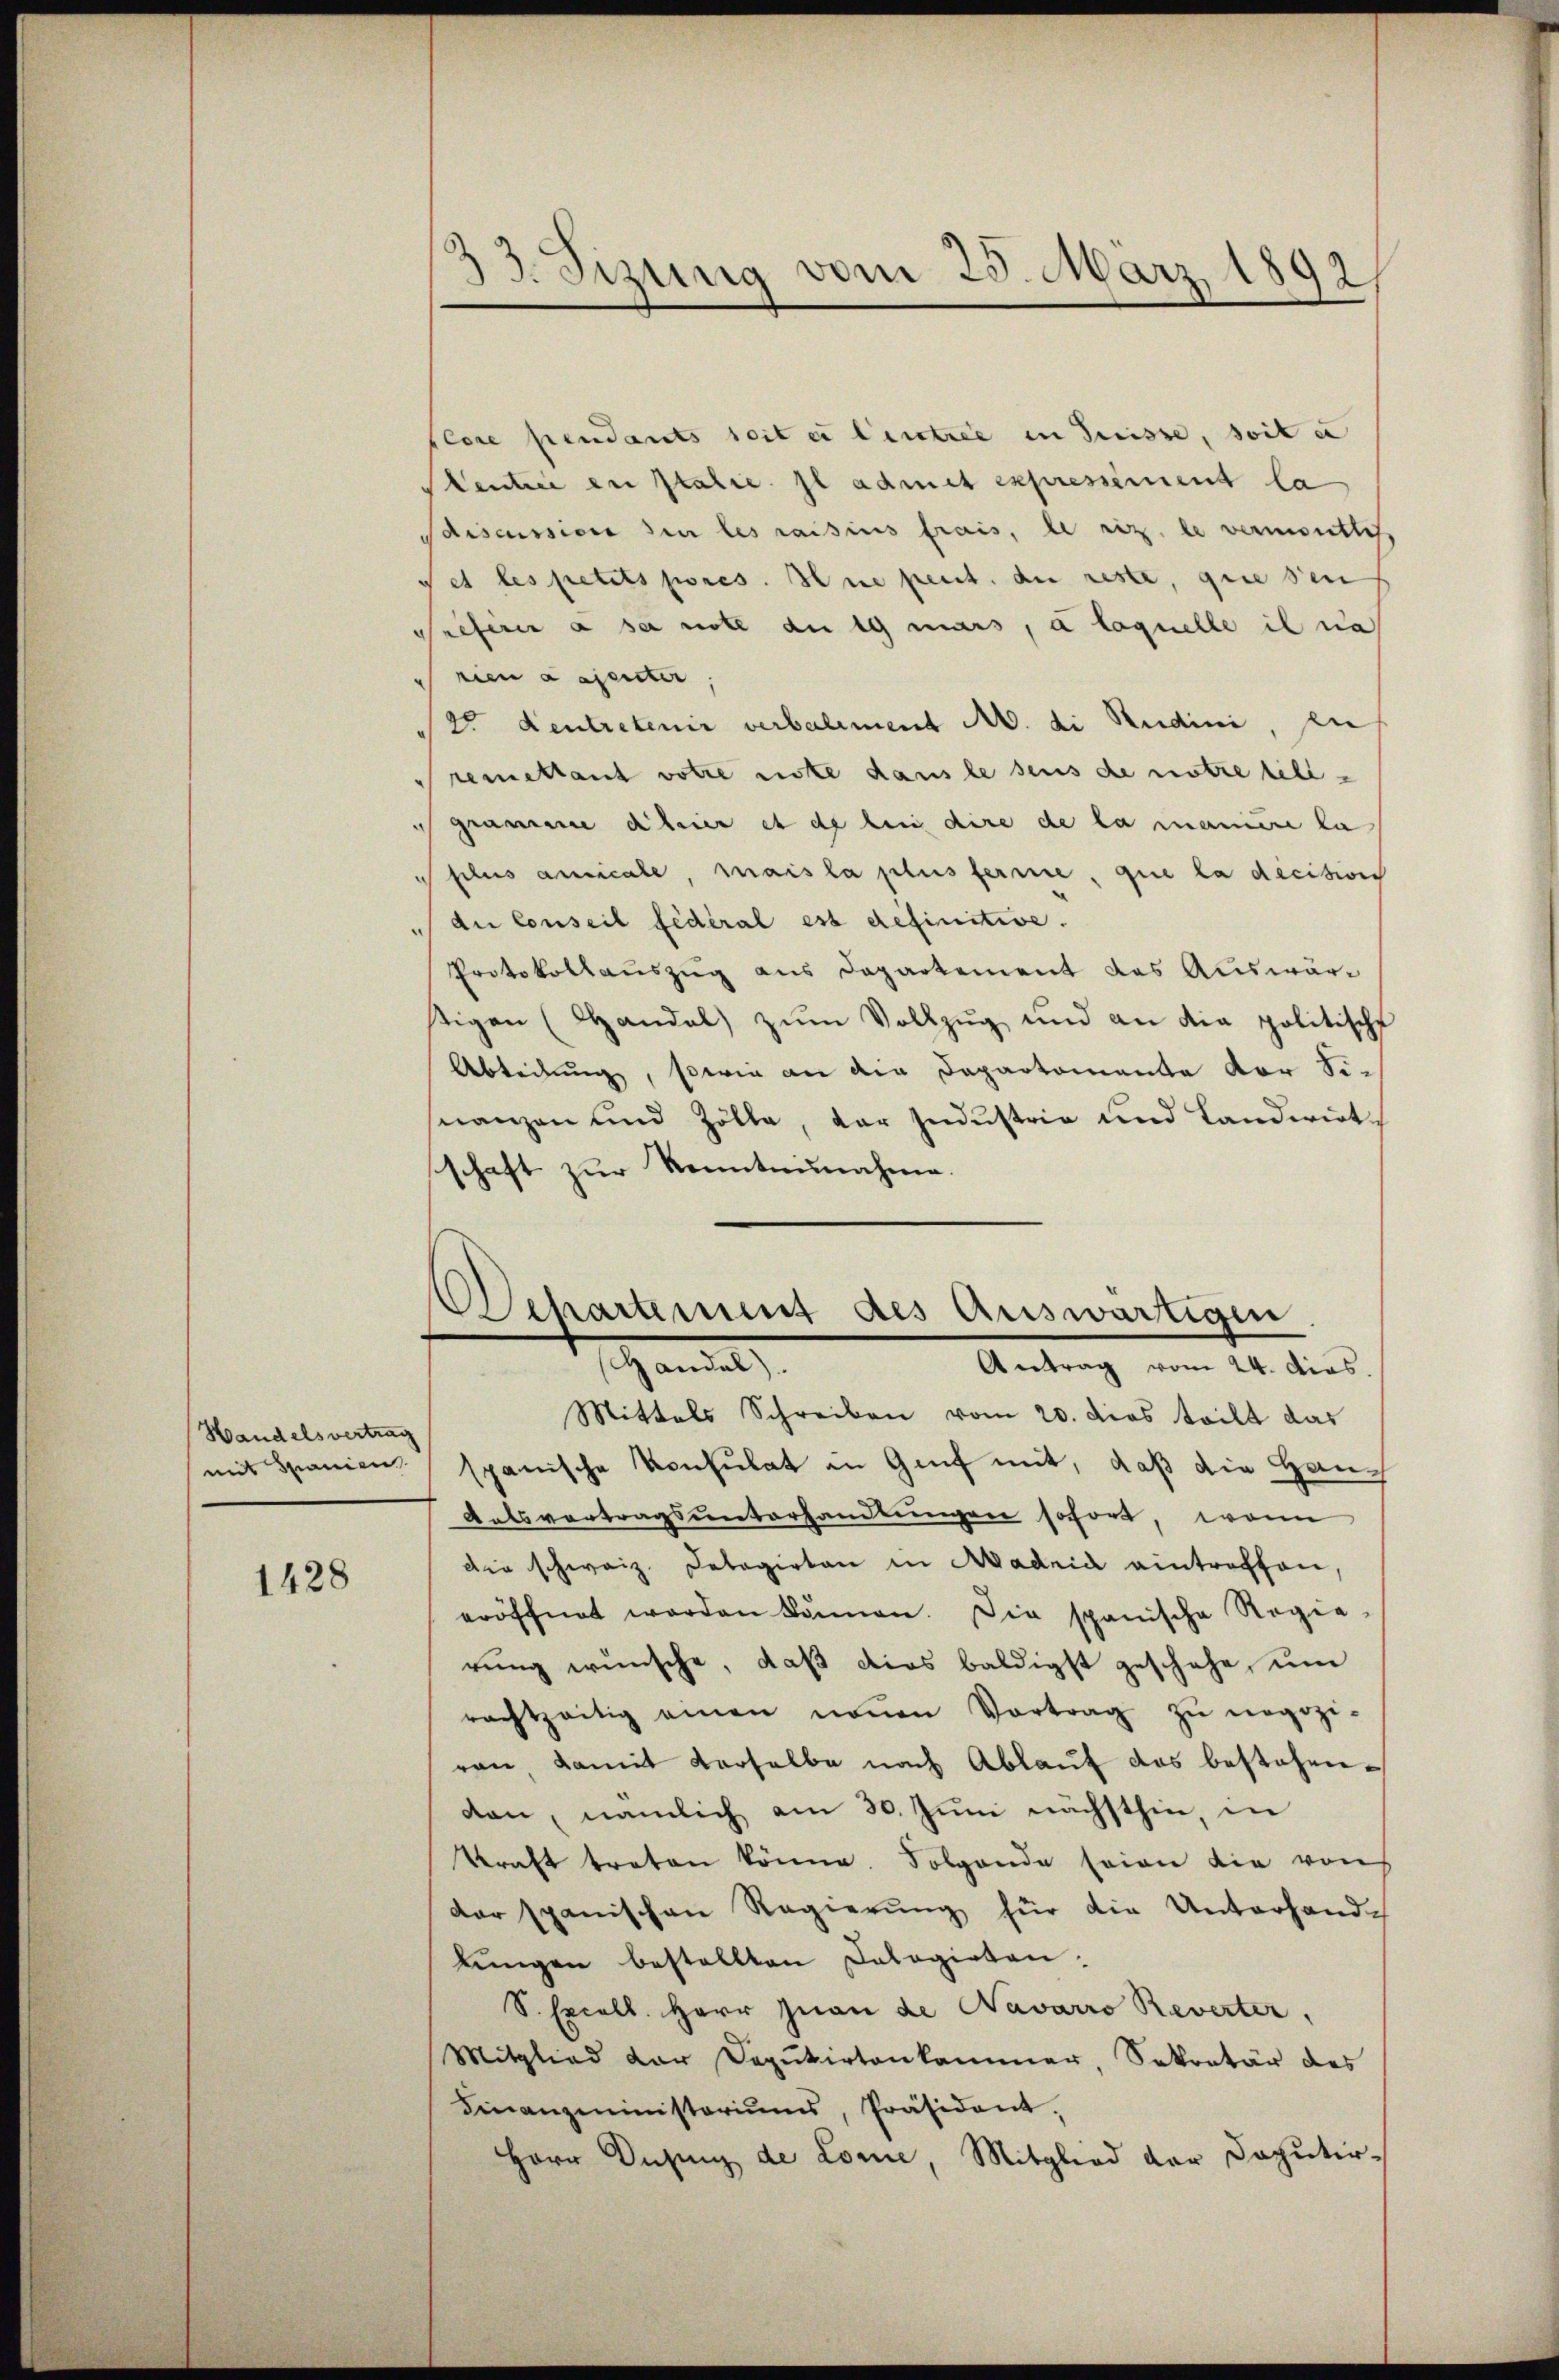
Handelsvertrag
mit Spanien

1428

plare pendants seit er Centree in Suisse, soit e
Centree in Italie il admet expressément la
Sciscussion den les raisius frais, le riz. le vermontlich
et les petits pores. Hene peut. die reste, gute sei
Preferer à sa note an 19 mars, à laquelle il na
rien Laienter
20 Centretenir verbalement M. di Studini, di
remettant votie note dans le sens de notre libegramme difeier et de bei dire de la manire la
plus ansicale, mais la plus ferne, que la decision
die Conseil fédéral est definitive.
Protokollauszug aus Departement des Auswärtigen (Handel zŭm Vollzug und an die politische
Abteilung, sowie an die Departomante vor Sinanzen und Zölle, der Industria und Landwirtschaft zur Kenntnunahme.

33. Sizung vom 25. März 1892

Departement des Auswärtigen
Handel
Antrag vom 24. dies
Mittels Schreiben vom 20. dies teilt das

spanische Konsulat in Genf mit, daß die Han¬
Ratsvertragsunterhandlungen sofort, wenn
die schweiz. Delegirten in Aadrid eintreffen,
eröffnet worden können. Die spanische Regie
rŭng wünsche, daβ dies baldigst geschehe, ŭm
rachtzeitig einen neŭen Vortrag zŭ negozi-
ran, damit derselbe nach Ablauf das bestehenkan, nämlich am 30. Juni nächsthin, in
kraft treten könne. Folgende seien die von
der spanischen Regierŭng für die Unterhand-
lŭngen bestellten Cologieten.
S. Excell. Herr Inan de Navarro Reverter,
Mitglied der Deputirtenkammer, Sekretär des
Finanzministeriums, Präsident.
Herr Dus de Lomie, Mitglied der Deputir¬